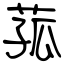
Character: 菰